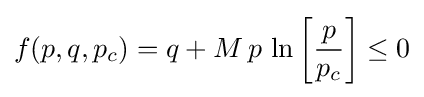
f(p,q,p_{c})=q+M\,p\,\ln \left[{\frac {p}{p_{c}}}\right]\leq 0